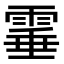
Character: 𩃒